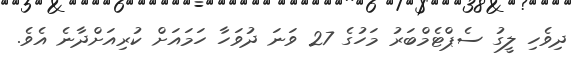
ދިވެހި ލީގު ސެޕްޓެމްބަރު މަހުގެ 27 ވަނަ ދުވަހާ ހަމައަށް ކުރިއަށްދާނެ އެވެ.